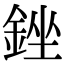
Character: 銼